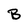
Character: B